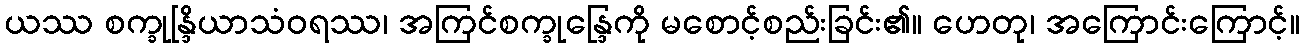
ယဿ စက္ခုန္ဒြိယာသံဝရဿ၊ အကြင်စက္ခုန္ဒြေကို မစောင့်စည်းခြင်း၏။ ဟေတု၊ အကြောင်းကြောင့်။